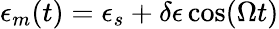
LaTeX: \epsilon_{m}(t)=\epsilon_{s}+\delta\epsilon\, \mathrm{cos}(\Omega t)